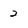
Character: 2